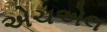
એચએલ